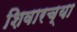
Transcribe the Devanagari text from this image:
शिवारच्या